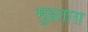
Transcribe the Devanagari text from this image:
मुझ्ताग़